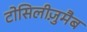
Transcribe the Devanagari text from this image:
टोसिलीज़ुमैब